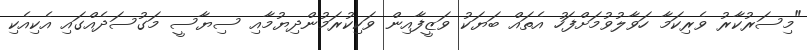
"މިސަރުކާރު ވެރިކަމާ ހަވާލުވުމަށްފަހު އެތައް ބަޔަކު ވަޒީފާއިން ވަކިކުރަމުންދިޔުމާއި ސިޔާސީ މަގުސަދެއްގައި އެކިއެކި